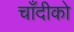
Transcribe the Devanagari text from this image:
चाँदीको